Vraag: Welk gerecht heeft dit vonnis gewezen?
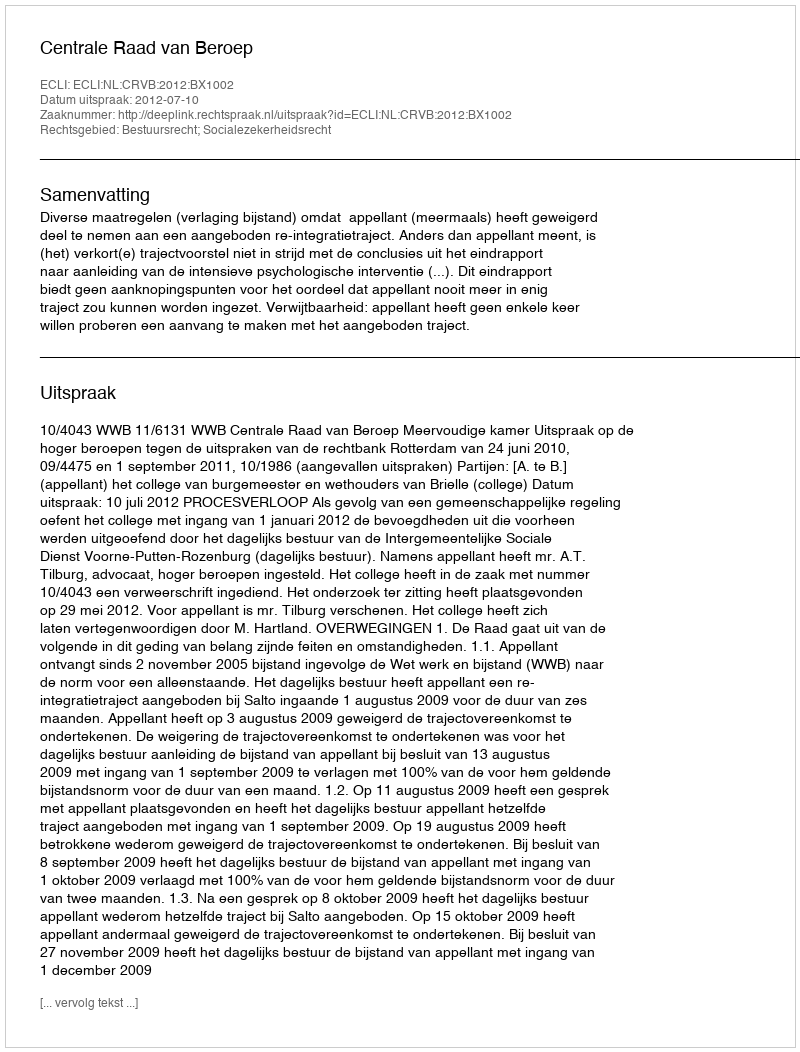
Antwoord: Centrale Raad van Beroep